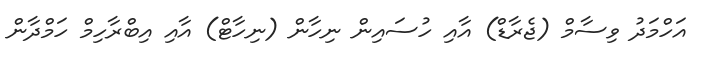
އަހްމަދު ވިސާމް (ޖެރާޑް) އާއި ހުސައިން ނިހާން (ނިހާޓް) އާއި އިބްރާހިމް ހަމްދާން